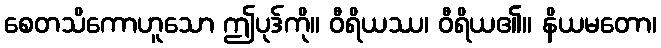
စေတသိကောဟူသော ဤပုဒ်ကို။ ဝီရိယဿ၊ ဝီရိယ၏။ နိယမတော၊